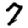
Digit: 7